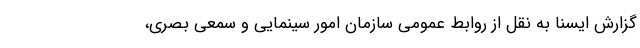
گزارش ایسنا به نقل از روابط عمومی سازمان امور سینمایی و سمعی بصری،